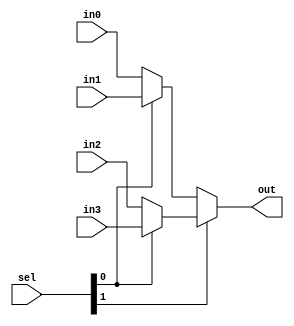
//
// Copyright 2011 Ettus Research LLC
//
// This program is free software: you can redistribute it and/or modify
// it under the terms of the GNU General Public License as published by
// the Free Software Foundation, either version 3 of the License, or
// (at your option) any later version.
//
// This program is distributed in the hope that it will be useful,
// but WITHOUT ANY WARRANTY; without even the implied warranty of
// MERCHANTABILITY or FITNESS FOR A PARTICULAR PURPOSE.  See the
// GNU General Public License for more details.
//
// You should have received a copy of the GNU General Public License
// along with this program.  If not, see <http://www.gnu.org/licenses/>.
//



module mux_32_4
  (input [1:0] sel,
   input [31:0] in0,
   input [31:0] in1,
   input [31:0] in2,
   input [31:0] in3,
   output [31:0] out);

   assign 	 out = sel[1] ? (sel[0] ? in3 : in2) : (sel[0] ? in1 : in0);

endmodule // mux_32_4